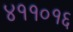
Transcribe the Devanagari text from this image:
४११०१६